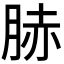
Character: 𦛘